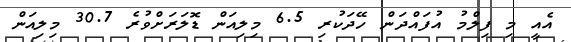
އެއީ މި ފިލްމު އުފައްދަން ހޭދަކުރި 6.5 މިލިއަން ޑޮލަރަށްވުރެ 30.7 މިލިއަން